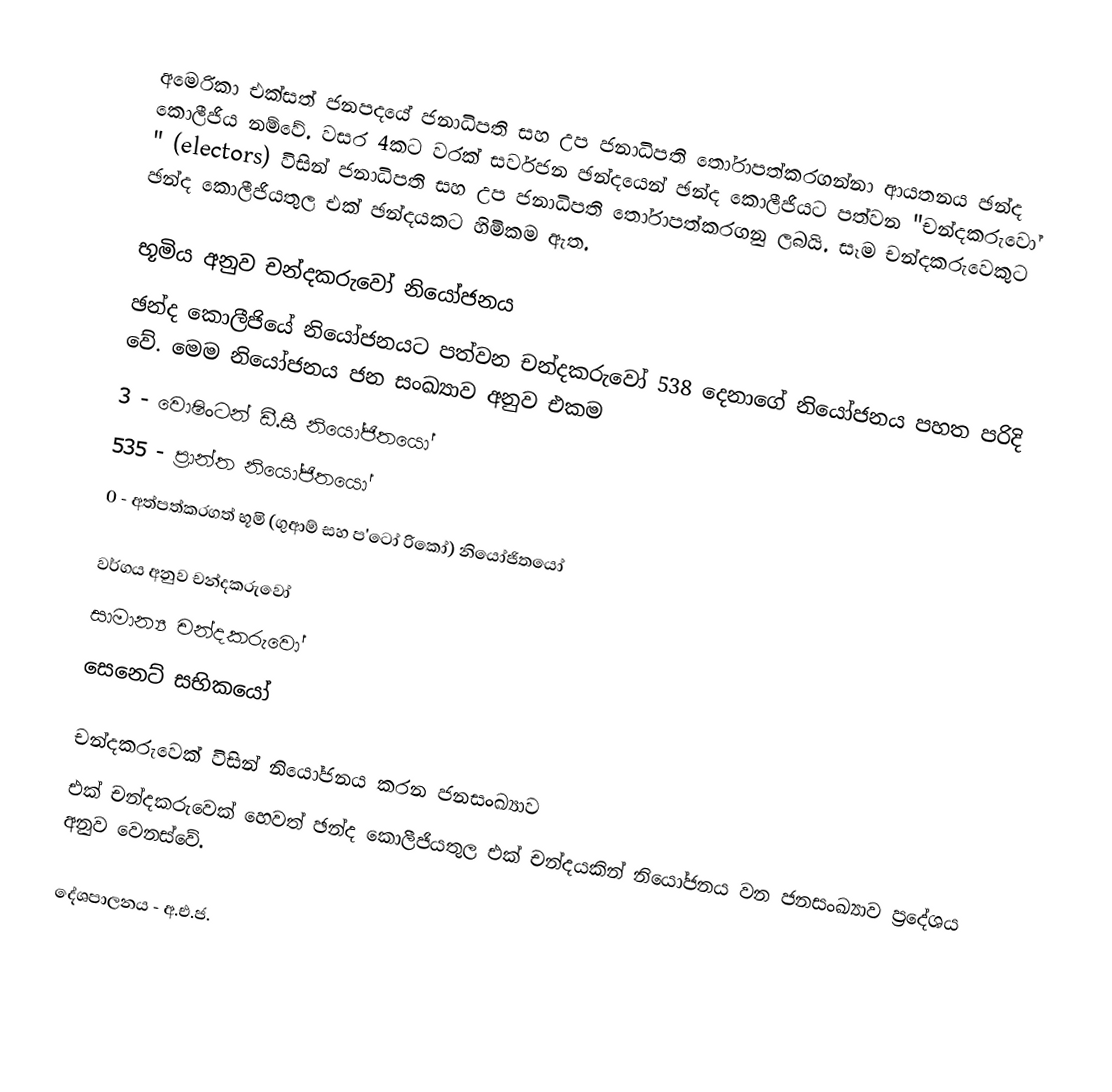
අමෙරිකා එක්සත් ජනපදයේ ජනාධිපති සහ උප ජනාධිපති තෝරාපත්කරගන්නා ආයතනය ඡන්ද කොලීජිය නම්වේ. වසර 4කට වරක් සර්වජන ඡන්දයෙන් ඡන්ද කොලීජියට පත්වන "චන්දකරුවෝ " (electors) විසින්  ජනාධිපති සහ උප ජනාධිපති තෝරාපත්කරගනු ලබයි. සෑම චන්දකරුවෙකුට ඡන්ද කොලීජියතුල එක් ඡන්දයකට හිමිකම ඇත.

භූමිය අනුව චන්දකරුවෝ නියෝජනය
ඡන්ද කොලීජියේ නියෝජනයට පත්වන චන්දකරුවෝ 538 දෙනාගේ නියෝජනය පහත පරිදි වේ. මෙම නියෝජනය ජන සංඛ්‍යාව අනුව එකම
 3 - වොෂිංටන් ඩී.සී නියෝජිතයෝ
 535 - ප්‍රාන්ත නියෝජිතයෝ
 0 - අත්පත්කරගත් භූමි (ගුආම්  සහ ප'ටෝ රිකෝ) නියෝජිතයෝ

වර්ගය අනුව චන්දකරුවෝ
 සාමාන්‍ය චන්දකරුවෝ
 සෙනෙට් සභිකයෝ

චන්දකරුවෙක් විසින් නියෝජනය කරන ජනසංඛ්‍යාව
එක් චන්දකරුවෙක් හෙවත් ඡන්ද කොලීජියතුල එක් චන්දයකින් නියෝජනය වන ජනසංඛ්‍යාව ප්‍රදේශය අනුව වෙනස්වේ.

දේශපාලනය - අ.එ.ජ.